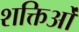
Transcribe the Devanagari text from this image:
शक्तिओं